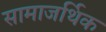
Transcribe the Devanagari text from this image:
सामाजर्थिक